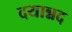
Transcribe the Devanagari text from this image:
दयान्नद